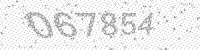
Solution: 067854